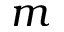
m